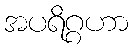
အပရိဂ္ဂဟာ